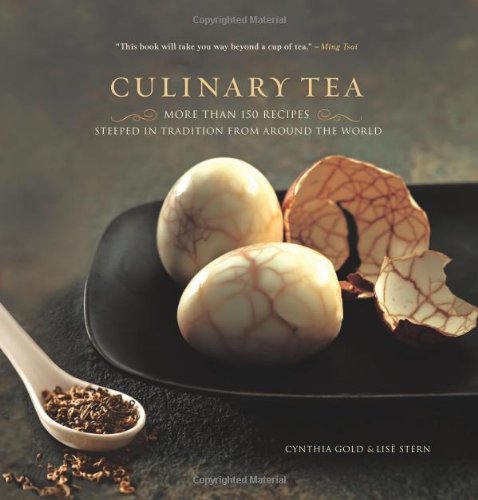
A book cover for Culinary Tea: More Than 150 Recipes Steeped in Tradition from Around the World; Cynthia Gold; Cookbooks, Food & Wine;